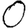
Digit: 0